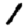
Digit: 1